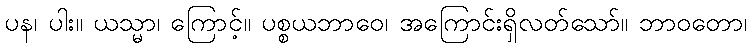
ပန၊ ပါး။ ယသ္မာ၊ ကြောင့်။ ပစ္စယဘာဝေ၊ အကြောင်းရှိလတ်သော်။ ဘာဝတော၊